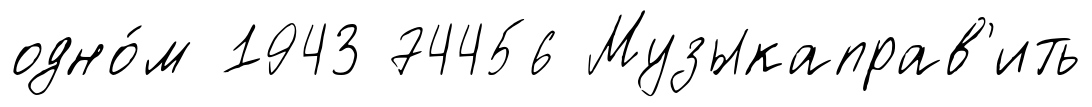
одно́м 1943 74456 Музыкаправ'ить